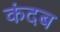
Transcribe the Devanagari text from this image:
कंदब